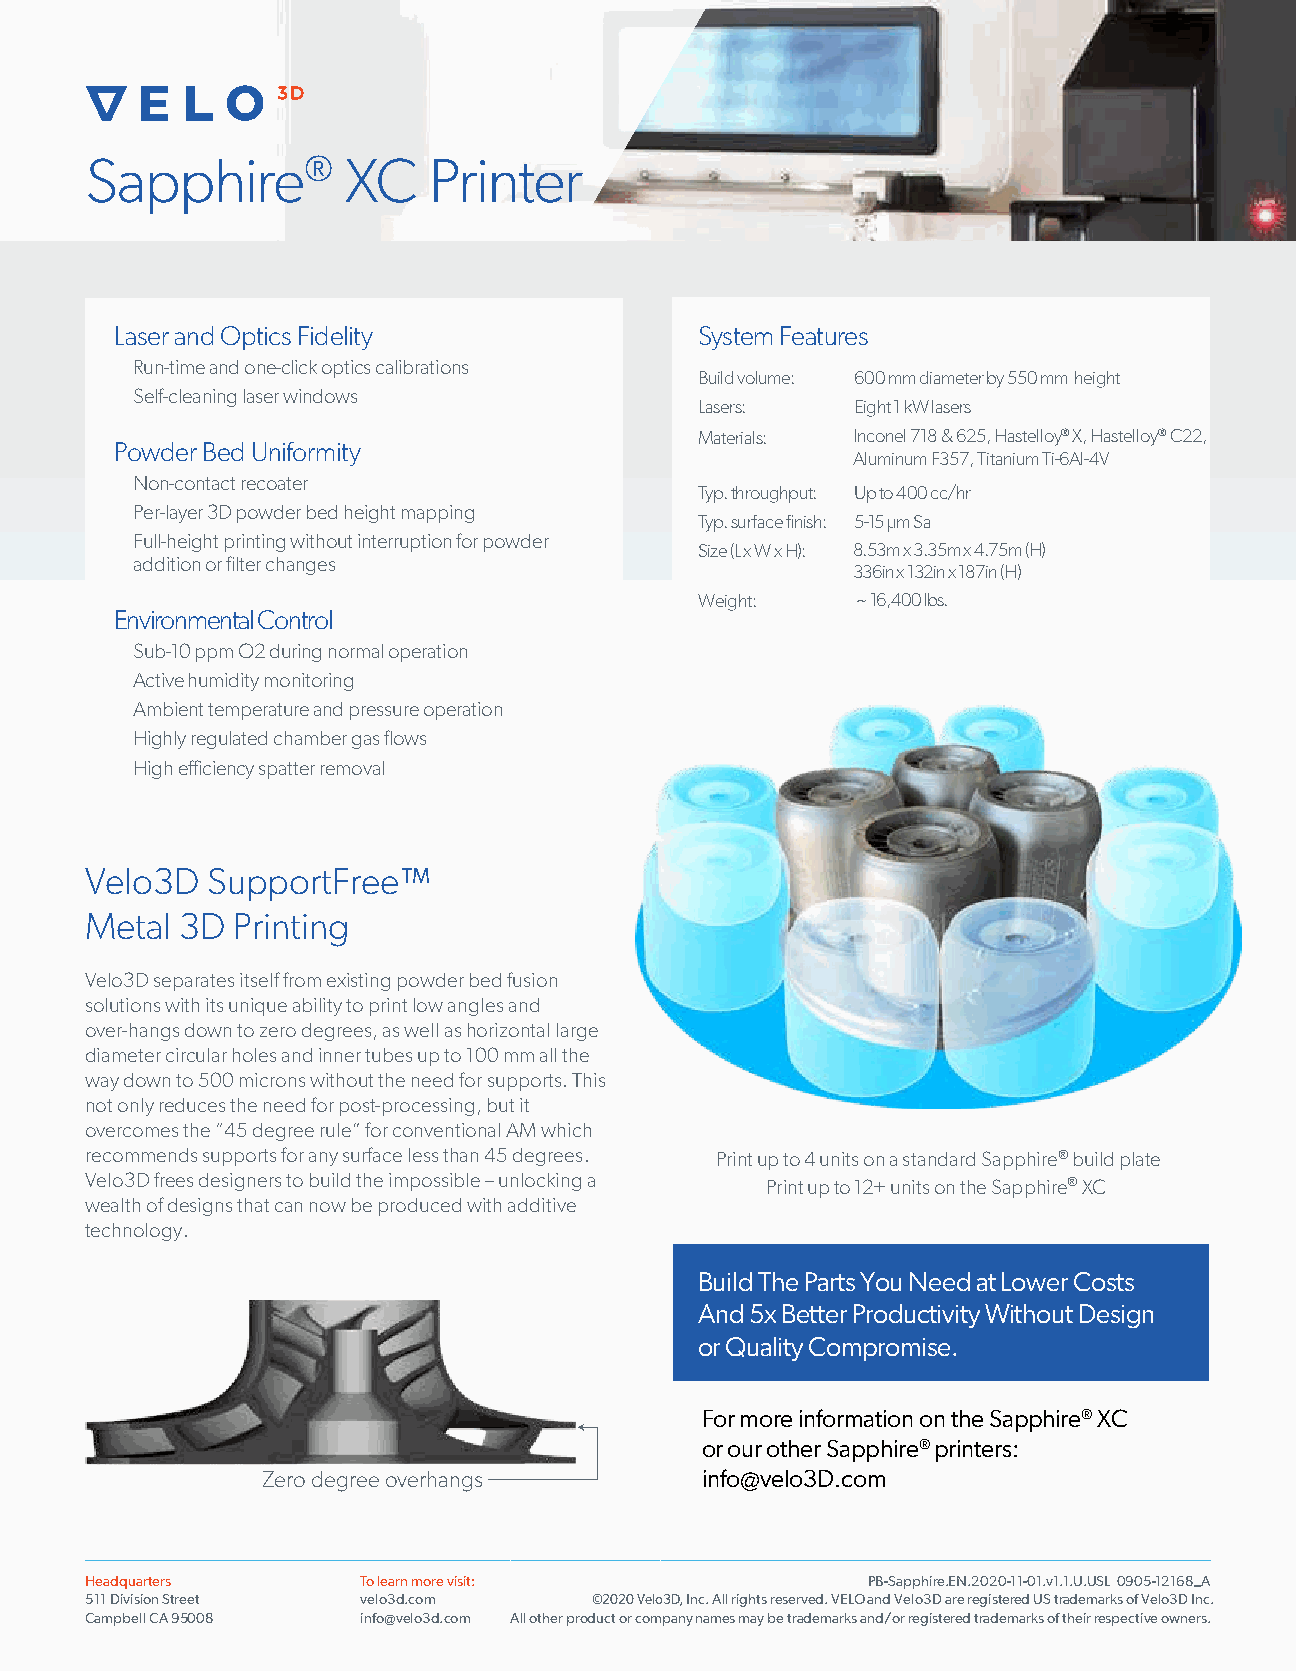
Sapphire®        XC   Printer
 LLaasseerr aanndd OOppttiiccss FFiiddeelliittyy System Features
 Run-time and one-click optics calibrations
 Build volume: 600 mm diameter by 550 mm height
 Self-cleaning laser windows
 Lasers:    Eight 1 kW lasers
 Materials: Inconel 718 & 625, Hastelloy® X, Hastelloy® C22,
 Powder Bed Uniformity
 Aluminum F357, Titanium Ti-6Al-4V
 Non-contact recoater
 Typ. throughput: Up to 400 cc/hr
 Per-layer 3D powder bed height mapping
 Typ. surface finish: 5-15 µm Sa
 Full-height printing without interruption for powder
 Size (L x W x H): 8.53m x 3.35m x 4.75m (H)
 addition or filter changes
 336in x 132in x 187in (H)
 Weight:    ~ 16,400 lbs.
 Environmental Control
 Sub-10 ppm O2 during normal operation
 Active humidity monitoring
 Ambient temperature and pressure operation
 Highly regulated chamber gas flows
 High efficiency spatter removal
 Velo3D  SupportFree™
 Metal 3D Printing
 Velo3D separates itself from existing powder bed fusion
 solutions with its unique ability to print low angles and
 over-hangs down to zero degrees, as well as horizontal large
 diameter circular holes and inner tubes up to 100 mm all the
 way down to 500 microns without the need for supports. This
 not only reduces the need for post-processing, but it
 overcomes the “45 degree rule” for conventional AM which
 recommends supports for any surface less than 45 degrees. Print up to 4 units on a standard Sapphire® build plate
 Velo3D frees designers to build the impossible – unlocking a Print up to 12+ units on the Sapphire® XC
 wealth of designs that can now be produced with additive
 technology.
 Build The Parts You Need at Lower Costs
 And 5x Better Productivity Without Design
 or Quality Compromise.
 For more information on the Sapphire® XC
 or our other Sapphire® printers:
 Zero degree overhangs        info@velo3D.com
 Headquarters      To learn more visit:             PB-Sapphire.EN.2020-11-01.v1.1.U.USL 0905-12168_A
 511 Division Street velo3d.com   ©2020 Velo3D, Inc. All rights reserved. VELO and Velo3D are registered US trademarks of Velo3D Inc.
 Campbell CA 95008 info@velo3d.com All other product or company names may be trademarks and/or registered trademarks of their respective owners.